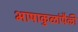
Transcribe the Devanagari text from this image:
भाषाकुळांपैकी